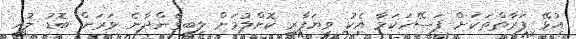
އުޅޭ ފަރާތްތަކަށް ފަސޭހަކަމާ އެކު ވިޔަފާރި ކޮށްލުމަށް ލިބިގެންދާނެ ވަރަށް ބޮޑު ލުއި